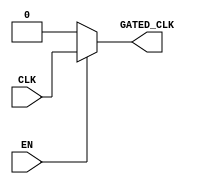
module clock_gating (
    input wire CLK,        // Primary clock signal
    input wire EN,         // Enable signal for clock gating
    output wire GATED_CLK  // Gated clock output
);

// Internal signals for clock gating
wire n_EN; // Inverted enable signal

// Invert the enable signal
assign n_EN = ~EN;

// Clock gating logic using NMOS and PMOS transistors
// PMOS transistor for passing CLK when EN is high
// NMOS transistor for grounding GATED_CLK when EN is low

// PMOS transistor
assign GATED_CLK = (EN) ? CLK : 1'b0; // Pass CLK when EN is high, else ground

endmodule